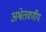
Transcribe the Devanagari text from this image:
अश्वेतवर्णीय